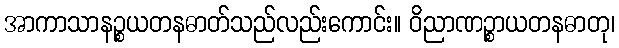
အာကာသာနဉ္စယတနဓာတ်သည်လည်းကောင်း။ ဝိညာဏဉ္စာယတနဓာတု၊